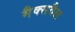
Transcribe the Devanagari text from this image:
मैक्सवैल